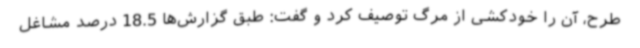
طرح، آن را خودکشی از مرگ توصیف کرد و گفت: طبق گزارش‌ها 18.5 درصد مشاغل